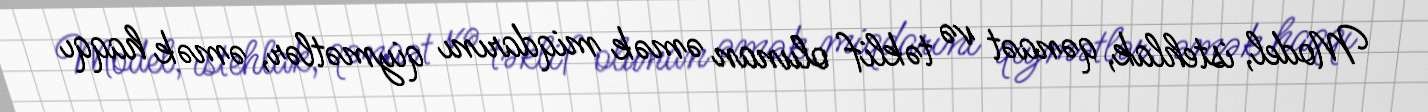
Model, istehlak, qənaət və təklif olunan əmək miqdarını qiymətlər, əmək haqqı